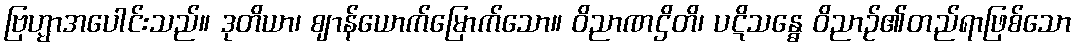
ဗြဟ္မာအပေါင်းသည်။ ဒုတိယာ၊ ဈာန်ယောက်မြောက်သော။ ဝိညာဏဌိတိ၊ ပဋိသန္ဓေ ဝိညာဉ်၏တည်ရာဖြစ်သော